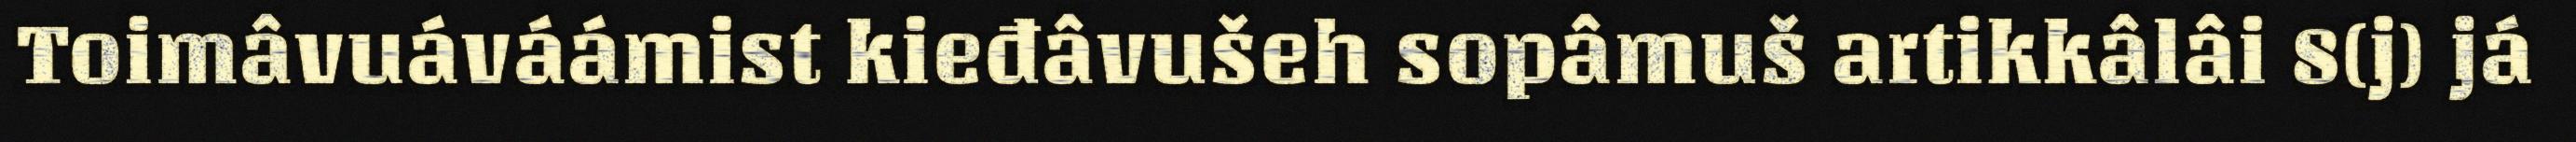
Toimâvuáváámist kieđâvušeh sopâmuš artikkâlâi 8(j) já